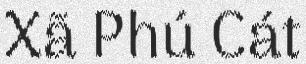
Xã Phú Cát